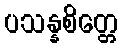
ပသန္နစိတ္တေ